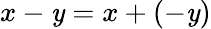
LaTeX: x-\mathit{y}=x+(-\mathit{y})